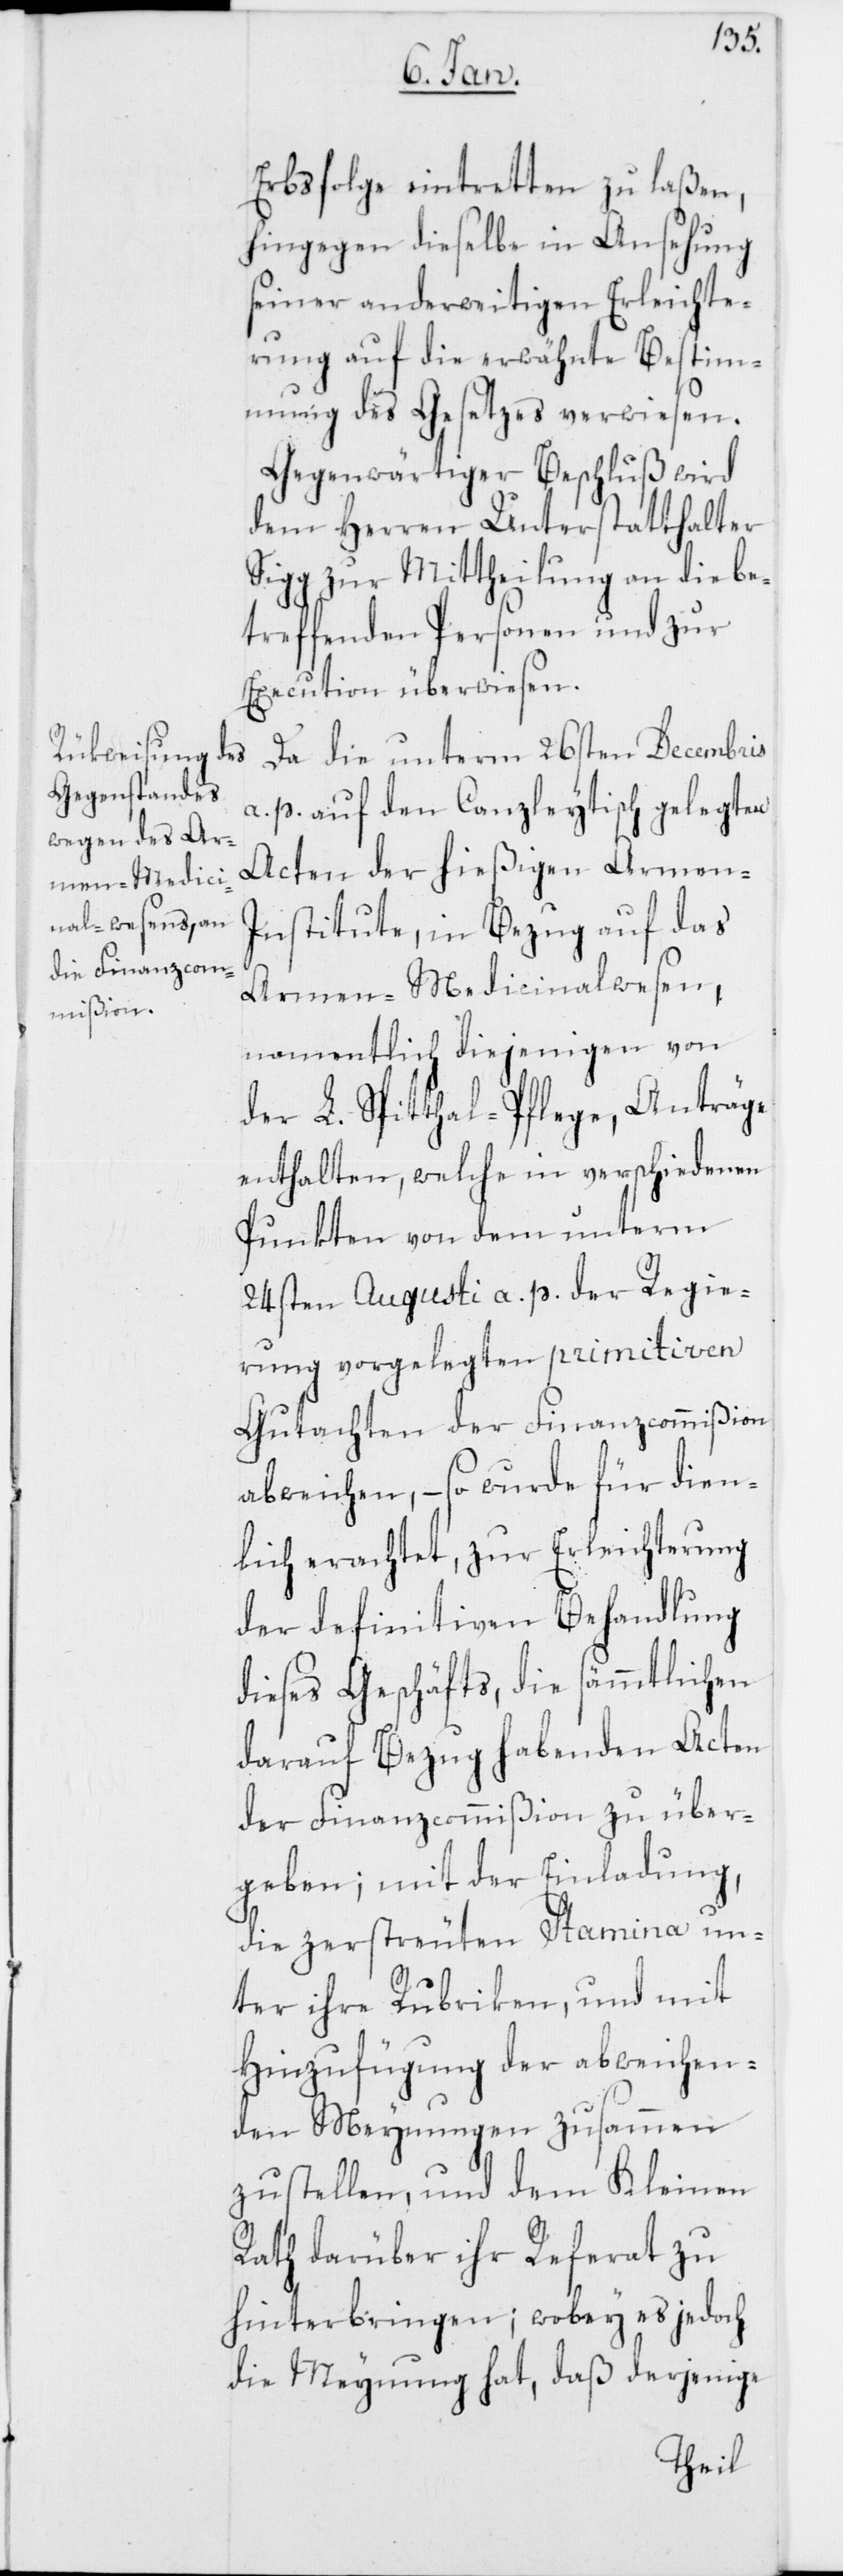
Erbsfolge eintretten zu laßen,
hingegen dieselbe in Ansehung
seiner anderweitigen Erleichte¬
rung auf die erwähnte Bestim¬
mung des Gesetzes verwiesen.
Gegenwärtiger Beschluß wird
dem Herren Unterstatthalter
Sigg zur Mittheilung an die be¬
treffenden Personen und zur
Execution überwiesen.
Da die unterm 26sten Decembris
a. p. auf den Canzleytisch gelegten
Acten der hießigen Armen-I¬
nstitute, in Bezug auf das
Armen-Medicinalwesen,
namentlich diejenigen von
der L. Spithtal-Pflege, Anträge
enthalten, welche in verschiedenen
Punkten von dem unterm
24sten Augusti a. p. der Regie¬
rung vorgelegten primitiven
Gutachten der Finanzcommißion
abweichen, – so wurde für dien¬
lich erachtet, zur Erleichterung
der definitiven Behandlung
dieses Geschäfts, die sämmtlichen
darauf Bezug habenden Acten
der Finanzcommißion zu über¬
geben; mit der Einladung,
die zerstreuten Stamina un¬
ter ihre Rubriken, und mit
Hinzufügung der abweichen¬
den Meynungen zusammen
zustellen, und dem Kleinen
Rath darüber ihr Referat zu
hinterbringen; wobey es jedoch
die Meynung hat, daß derjenige